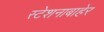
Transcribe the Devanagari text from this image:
स्टेशनाबाहेर